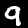
Digit: 9